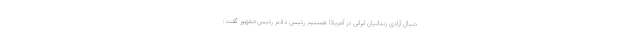
دنبال آزادی زندانیان ایرانی در آمریکا هستیم رئیس دفتر رئیس‌جمهور گفت:‌